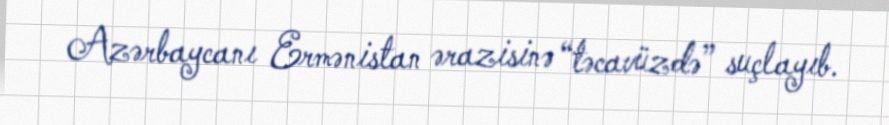
Azərbaycanı Ermənistan ərazisinə “təcavüzdə” suçlayıb.